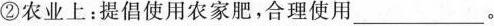
②农业上：提倡使用农家肥，合理使用___。